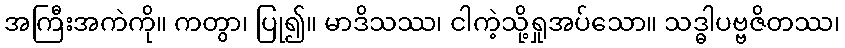
အကြီးအကဲကို။ ကတွာ၊ ပြု၍။ မာဒိသဿ၊ ငါကဲ့သို့ရှုအပ်သော။ သဒ္ဓါပဗ္ဗဇိတဿ၊